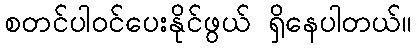
စတင်ပါဝင်ပေးနိုင်ဖွယ် ရှိနေပါတယ်။